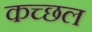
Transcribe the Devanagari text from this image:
कच्छल